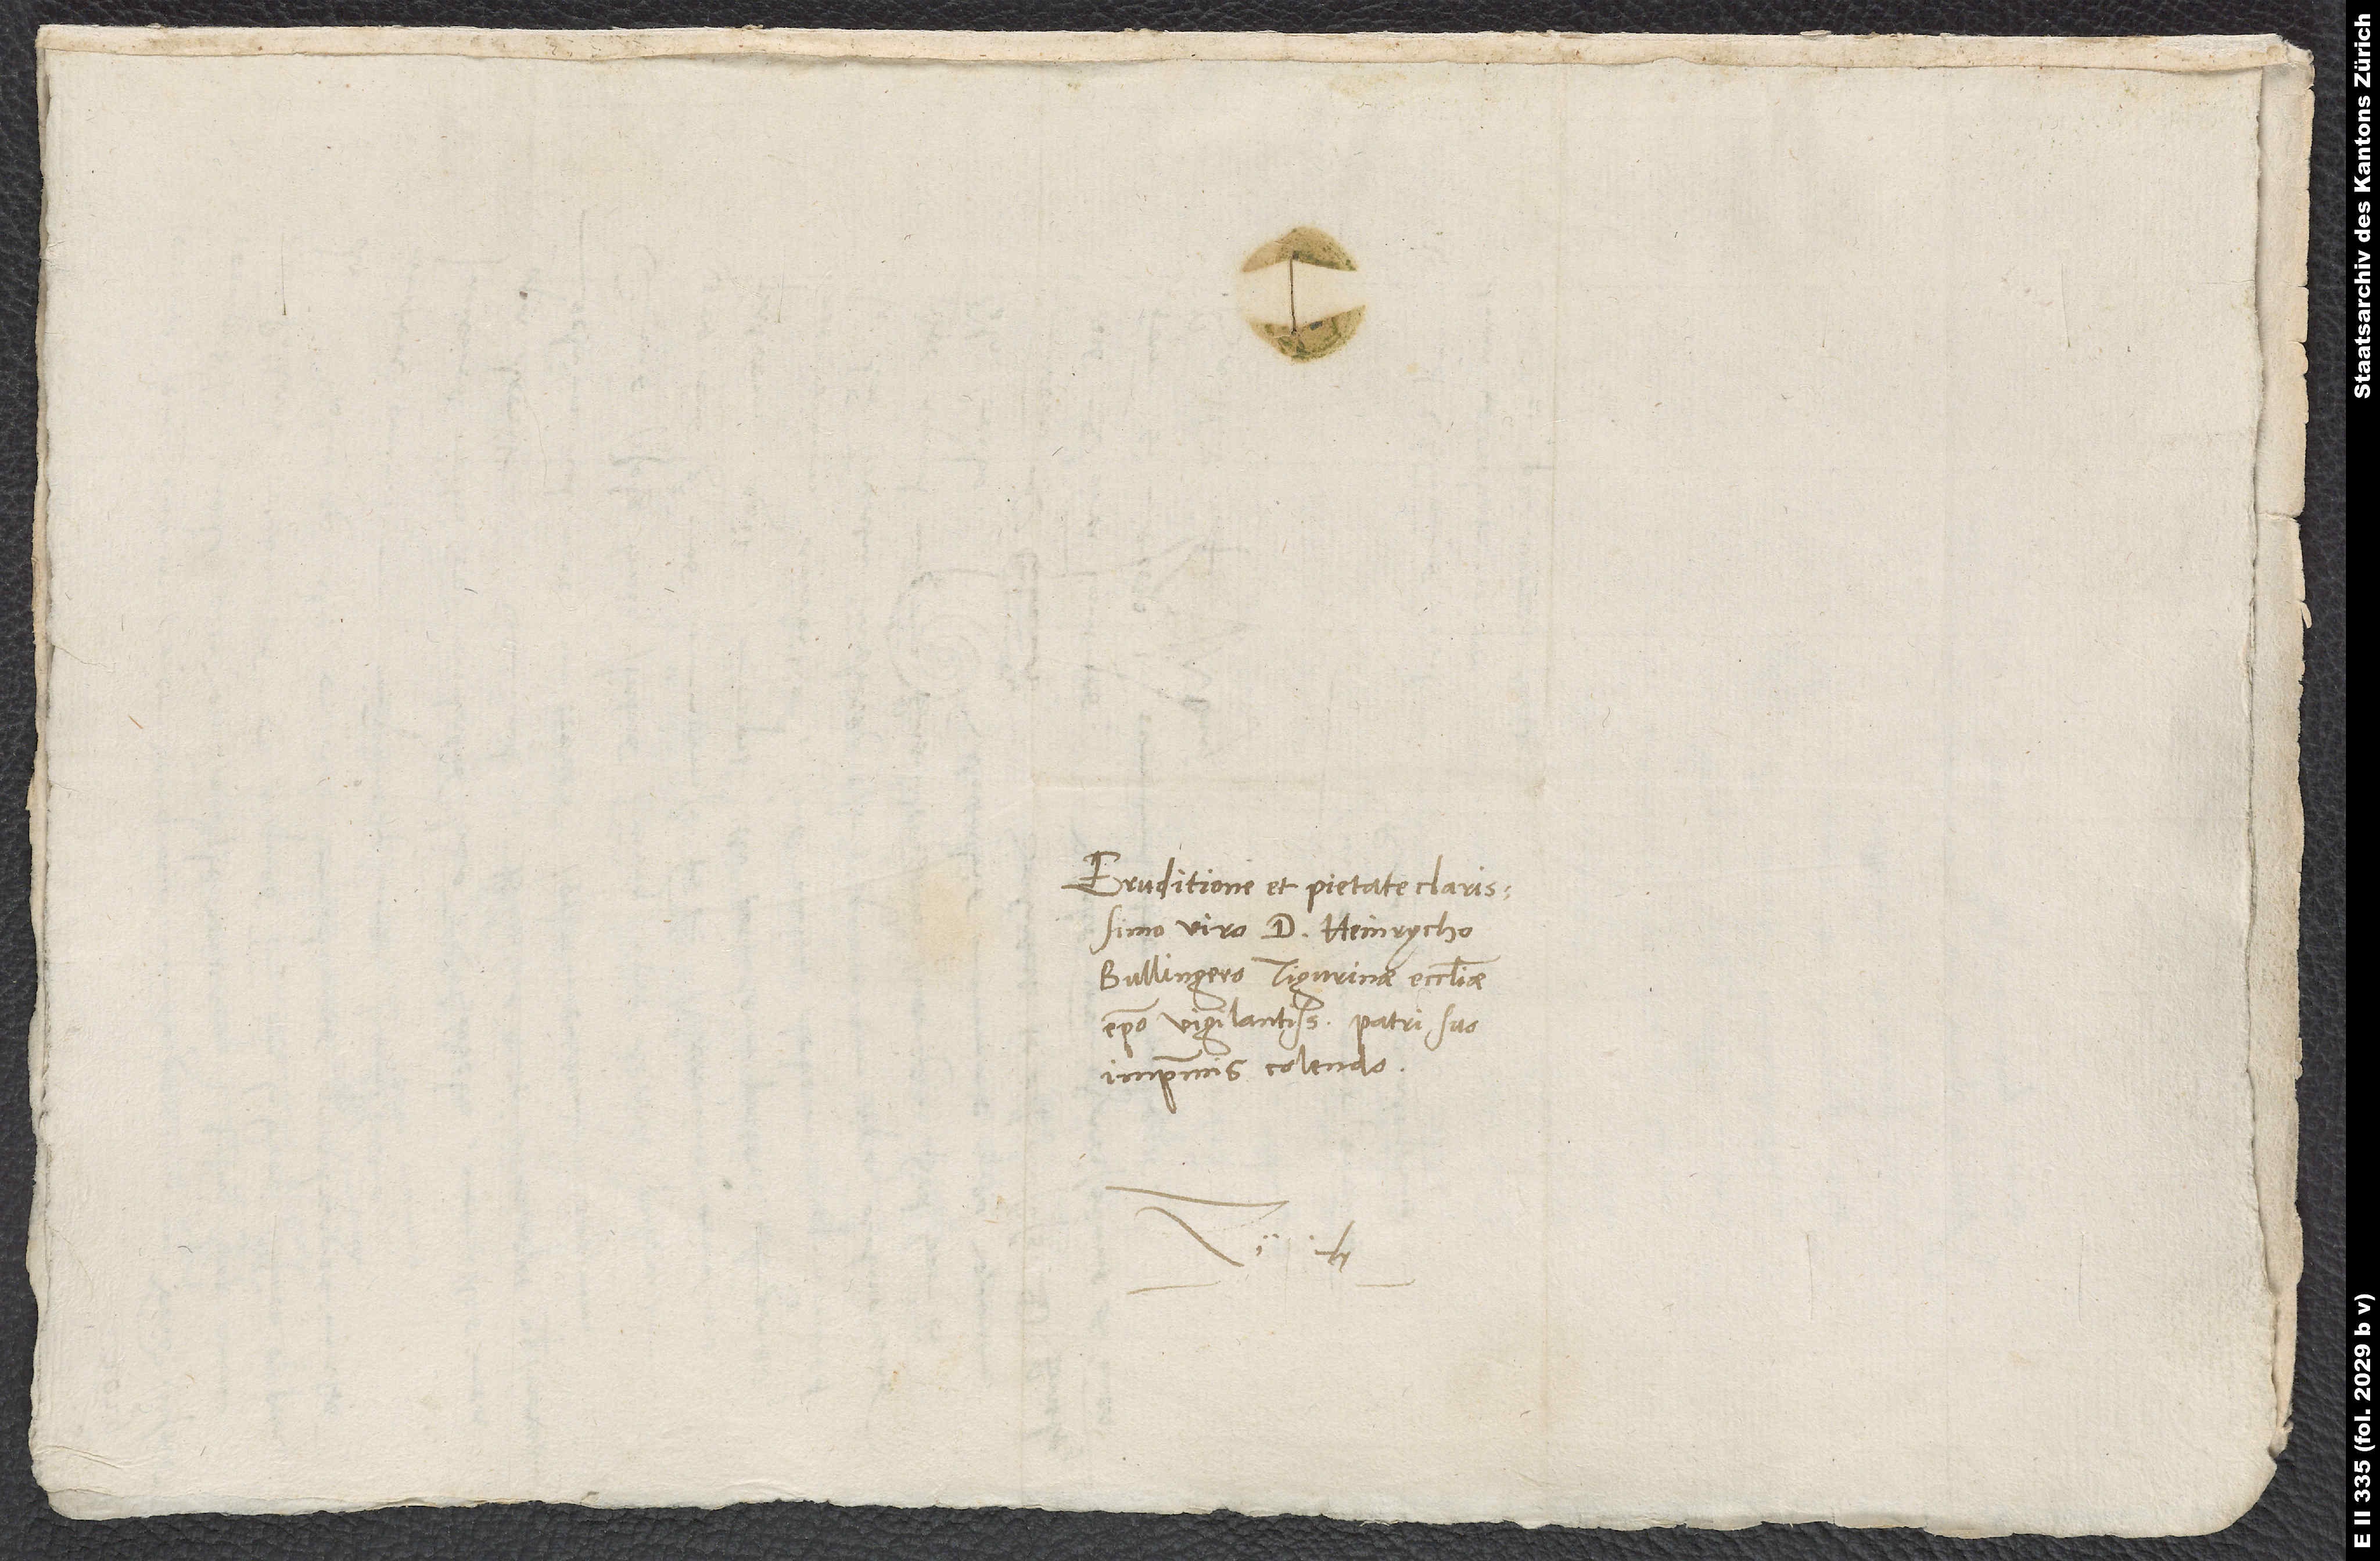
Eruditione et pietate clarissimo
viro d. Heinrycho
Bullingero, Tigurinae ecclesiae
episcopo vigilantissimo, patri suo
imprimis colendo.